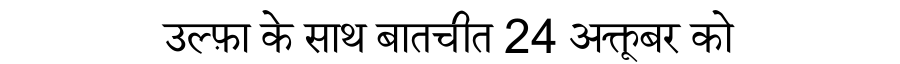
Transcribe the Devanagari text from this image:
उल्फ़ा के साथ बातचीत 24 अक्तूबर को